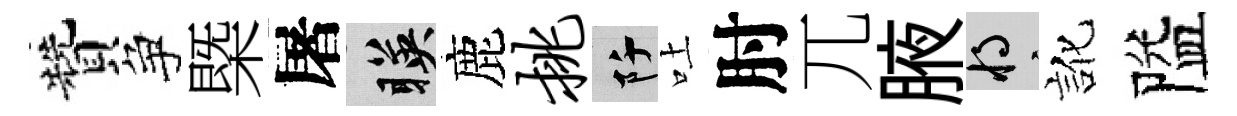
贊争槩屠暎鹿挑阡吐肘兀腋將訛隘